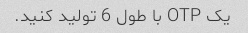
یک OTP با طول 6 تولید کنید.